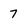
Character: 7